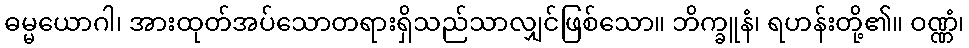
ဓမ္မယောဂါ၊ အားထုတ်အပ်သောတရားရှိသည်သာလျှင်ဖြစ်သော။ ဘိက္ခူနံ၊ ရဟန်းတို့၏။ ဝဏ္ဏံ၊